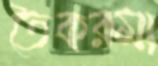
তৈকরমা